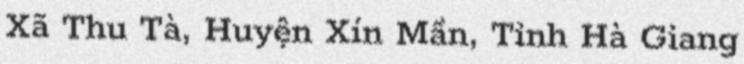
Xã Thu Tà, Huyện Xín Mần, Tỉnh Hà Giang